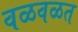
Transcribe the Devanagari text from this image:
वळवळत